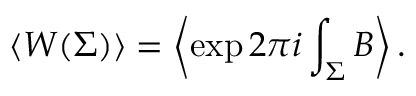
\left< W ( \Sigma ) \right> = \left< \exp 2 \pi i \int _ { \Sigma } B \right> .